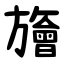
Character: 旝